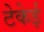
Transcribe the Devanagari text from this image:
टेकेई